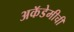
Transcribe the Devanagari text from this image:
अकॅडेमीची